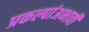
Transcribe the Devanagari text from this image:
प्रकल्पांअभावी